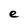
Character: e